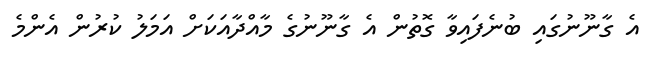
އެ ގާނޫނުގައި ބުނެފައިވާ ގޮތުން އެ ގާނޫނުގެ މާއްދާއަކަށް އަމަލު ކުރުން އެންމެ